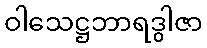
ဝါသေဋ္ဌဘာရဒွါဇာ